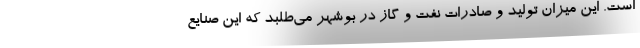
است. این میزان تولید و صادرات نفت و گاز در بوشهر می‌طلبد که این صنایع